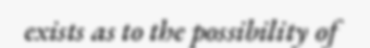
exists as to the possibility of